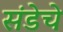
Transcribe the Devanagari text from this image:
संडेचे